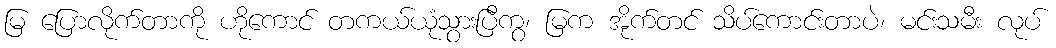
မြ ပြောလိုက်တာကို ဟိုကောင် တကယ်ယုံသွားပြီကွ၊ မြက အိုက်တင် သိပ်ကောင်းတာပဲ၊ မင်းသမီး လုပ်